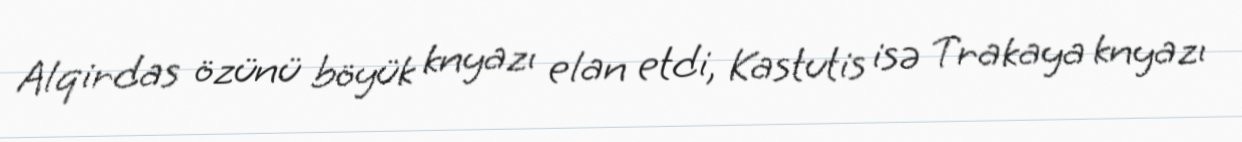
Alqirdas özünü böyük knyazı elan etdi, Kastutis isə Trakaya knyazı